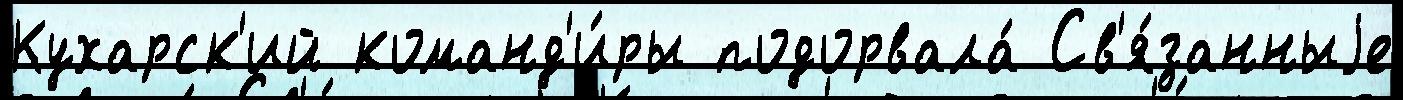
Кухарск'ий команд'и́ры подорвала́ Св'я́занныjе